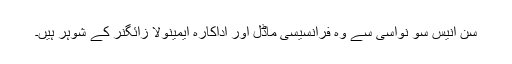
سن اُنیس سو نواسی سے وہ فرانسیسی ماڈل اور اداکارہ ایمینولا زائگنر کے شوہر ہیں۔